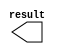
module const_x2 (
	result);

	output	[10:0]  result;

endmodule